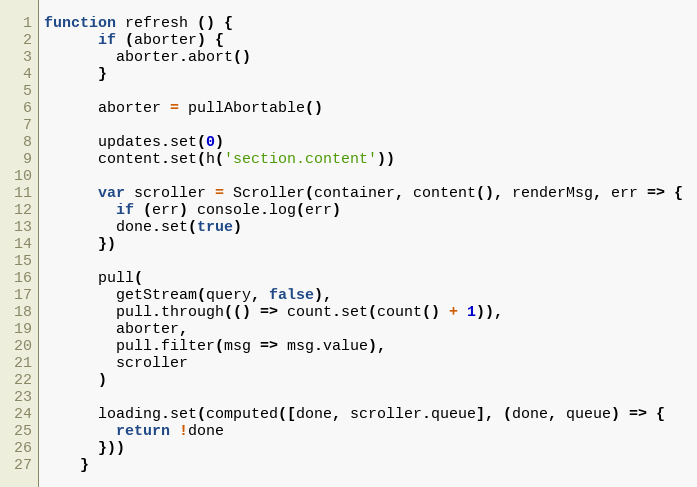
Language: JavaScript
function refresh () {
      if (aborter) {
        aborter.abort()
      }

      aborter = pullAbortable()

      updates.set(0)
      content.set(h('section.content'))

      var scroller = Scroller(container, content(), renderMsg, err => {
        if (err) console.log(err)
        done.set(true)
      })

      pull(
        getStream(query, false),
        pull.through(() => count.set(count() + 1)),
        aborter,
        pull.filter(msg => msg.value),
        scroller
      )

      loading.set(computed([done, scroller.queue], (done, queue) => {
        return !done
      }))
    }